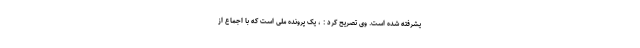
یشرفته شده است. وی تصریح کرد : ، یک پرونده ملی است که با اجماع از